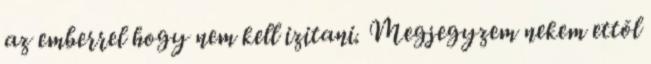
az emberrel hogy nem kell izitani. Megjegyzem nekem ettõl